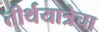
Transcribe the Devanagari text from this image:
तीर्थयात्रेचा